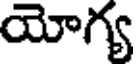
యోగ్య